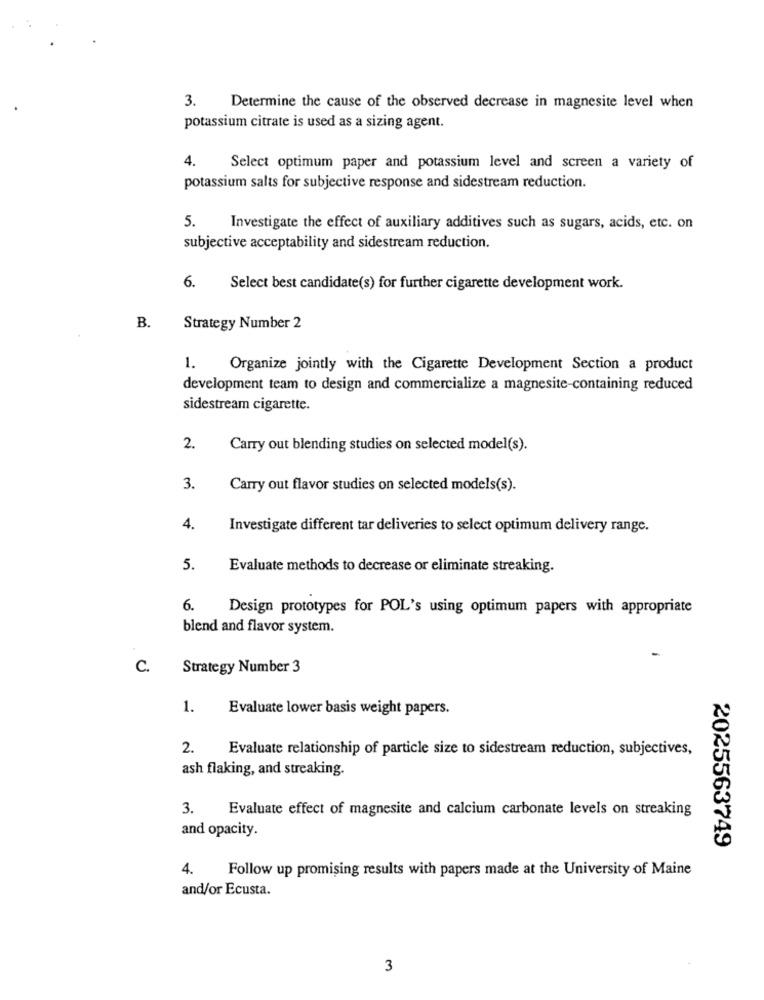
3.
Determine the cause of the observed decrease in magnesite level when
potassium citrate is used as a sizing agent.
4.
Select optimum paper and potassium level and screen a variety of
potassium salts for subjective response and sidestream reduction.
5.
Investigate the effect of auxiliary additives such as sugars, acids, etc. on
subjective acceptability and sidestream reduction.
6.
Select best candidate(s) for further cigarette development work.
B.
Strategy Number 2
1.
Organize jointly with the Cigarette Development Section a product
development team to design and commercialize a magnesite-containing reduced
sidestream cigarette.
2.
Carry out blending studies on selected model(s).
3.
Carry out flavor studies on selected models(s).
4.
Investigate different tar deliveries to select optimum delivery range.
5.
Evaluate methods to decrease or eliminate streaking.
6.
Design prototypes for POL's using optimum papers with appropriate
blend and flavor system.
C.
Strategy Number 3
1.
Evaluate lower basis weight papers.
2.
Evaluate relationship of particle size to sidestream reduction, subjectives,
ash flaking, and streaking.
3.
Evaluate effect of magnesite and calcium carbonate levels on streaking
and opacity.
2025563749
4.
Follow up promising results with papers made at the University of Maine
and/or Ecusta.
3